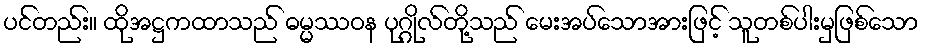
ပင်တည်း။ ထိုအဋ္ဌကထာသည် ဓမ္မဿဝန ပုဂ္ဂိုလ်တို့သည် မေးအပ်သောအားဖြင့် သူတစ်ပါးမှဖြစ်သော